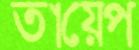
তায়েপ